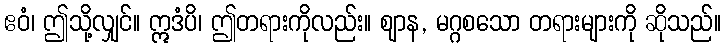
ဧဝံ၊ ဤသို့လျှင်။ ဣဒံပိ၊ ဤတရားကိုလည်း။ ဈာန, မဂ္ဂစသော တရားများကို ဆိုသည်။